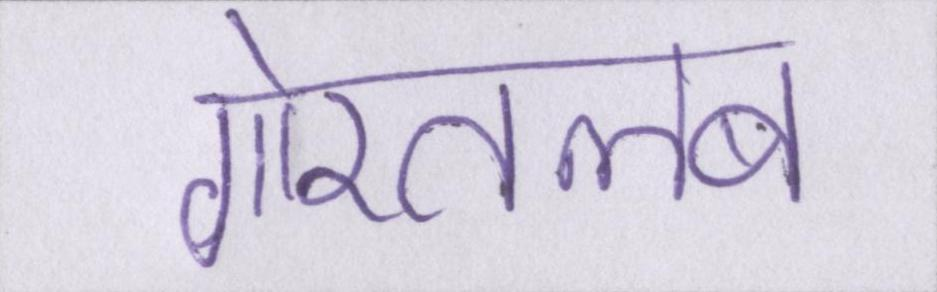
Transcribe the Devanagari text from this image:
गौरतलब